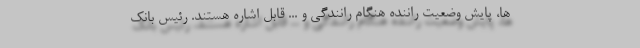
ها، پایش وضعیت راننده هنگام رانندگی و ... قابل اشاره هستند. رئیس بانک